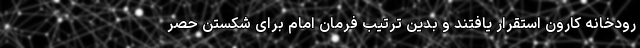
رودخانه کارون استقرار یافتند و بدین ترتیب فرمان امام برای شکستن حصر